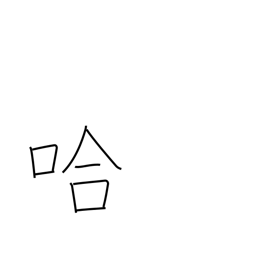
Meaning: school of fish